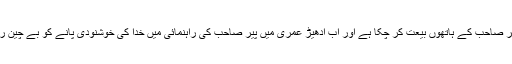
کسی پیر صاحب کے ہاتھوں بیعت کر چکا ہے اور اب ادھیڑ عمری میں پیر صاحب کی راہنمائی میں خدا کی خوشنودی پانے کو بے چین رہتا ہے۔